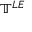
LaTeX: \mathbb { T } ^ { L E }